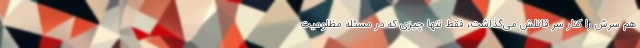
هم سرش را کنار سر قاتلش می‌گذاشت، فقط تنها چیزی که در مسئله مظلومیت